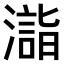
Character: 𣿉